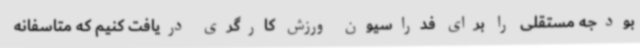
بودجه مستقلی را برای فدراسیون ورزش کارگری دریافت کنیم که متاسفانه